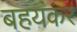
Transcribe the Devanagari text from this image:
बहयंकर